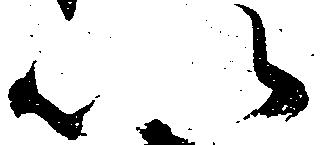
以